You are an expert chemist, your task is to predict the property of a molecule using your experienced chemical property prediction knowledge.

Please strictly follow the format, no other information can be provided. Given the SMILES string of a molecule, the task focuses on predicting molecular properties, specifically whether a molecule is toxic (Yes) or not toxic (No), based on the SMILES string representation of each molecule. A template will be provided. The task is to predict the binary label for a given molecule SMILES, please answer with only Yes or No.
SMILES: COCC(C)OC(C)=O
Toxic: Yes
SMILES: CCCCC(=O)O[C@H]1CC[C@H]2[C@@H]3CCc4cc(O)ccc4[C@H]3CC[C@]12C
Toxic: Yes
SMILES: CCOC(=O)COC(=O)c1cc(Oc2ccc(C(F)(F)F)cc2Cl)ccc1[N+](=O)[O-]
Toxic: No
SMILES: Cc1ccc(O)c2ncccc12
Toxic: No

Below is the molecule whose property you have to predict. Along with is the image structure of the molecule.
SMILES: CC(Cc1ccccc1)NCc1ccccc1Cl
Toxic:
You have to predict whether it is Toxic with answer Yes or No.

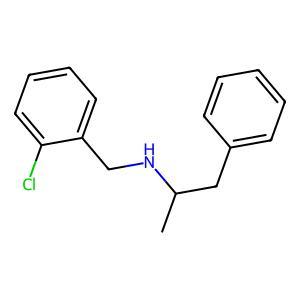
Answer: No